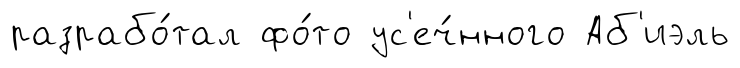
разрабо́тал фо́то ус'еч́нного Аб'иэль